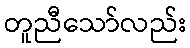
တူညီသော်လည်း